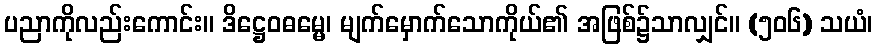
ပညာကိုလည်းကောင်း။ ဒိဋ္ဌေဝဓမ္မေ၊ မျက်မှောက်သောကိုယ်၏ အဖြစ်၌သာလျှင်။ (၅၀၆) သယံ၊